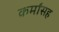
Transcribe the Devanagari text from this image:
कर्मांसह